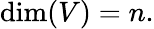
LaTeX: \dim(V)=n.